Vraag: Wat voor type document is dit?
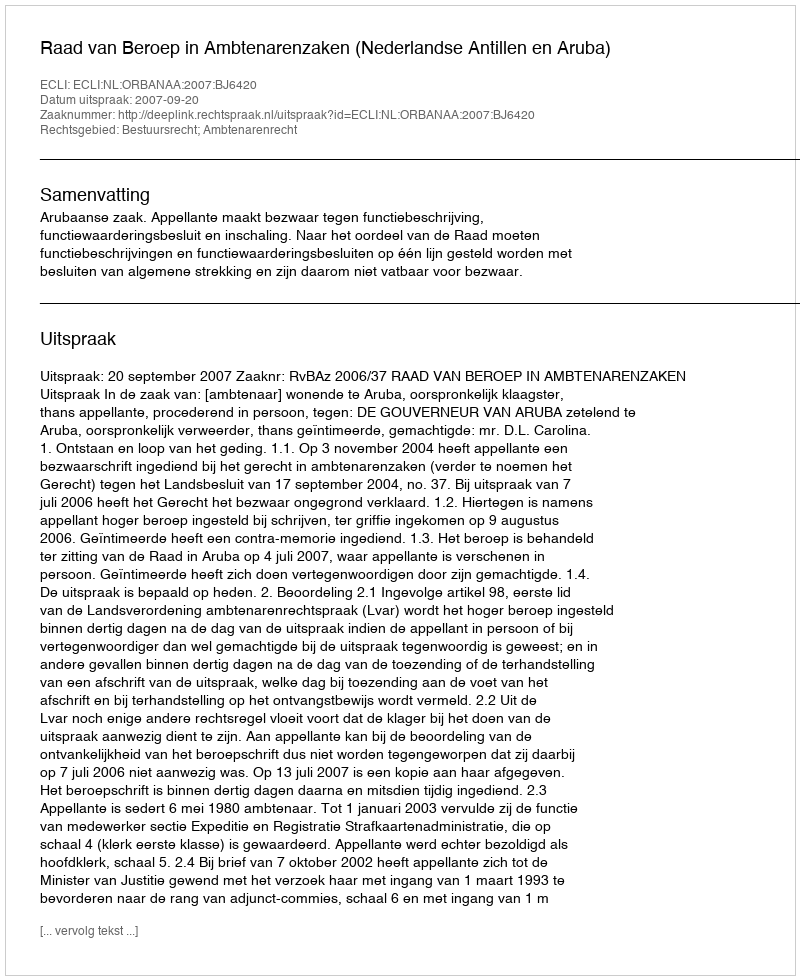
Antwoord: Uitspraak